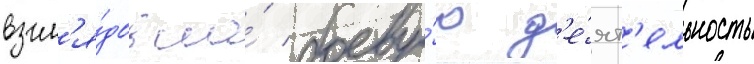
взгл'я́дов на́ боеву́ю д'е́ят'ельность